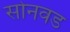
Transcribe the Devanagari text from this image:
सोनवड